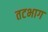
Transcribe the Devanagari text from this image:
तटभाग